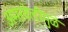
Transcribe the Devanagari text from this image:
अमरवेलीमुळे